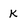
Character: K